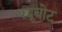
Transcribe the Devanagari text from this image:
क्यूबोट